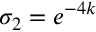
\sigma _ { 2 } = e ^ { - 4 k }